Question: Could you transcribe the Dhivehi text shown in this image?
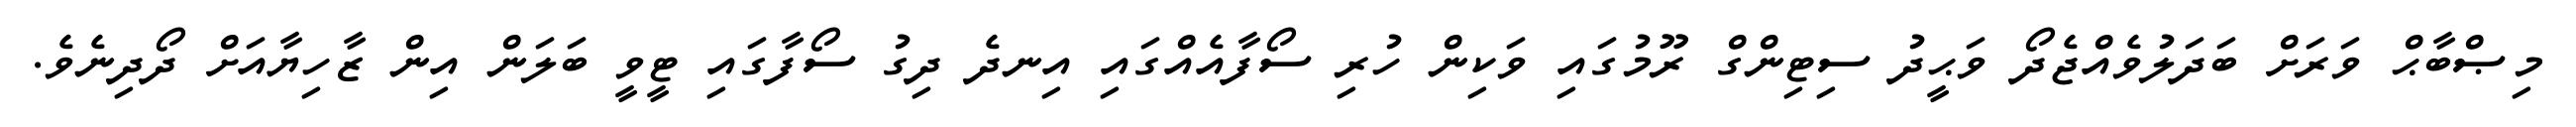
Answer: މިޞްބާޙް ވަރަށް ބަދަލުވެއްޖެދޯ ވަޙީދު ސިޓިންގް ރޫމުގައި ވަކިން ހުރި ސޯފާއެއްގައި އިނދެ ދިގު ސޯފާގައި ޓީވީ ބަލަން އިން ޒާހިޔާއަށް ދޯދިނެވެ.